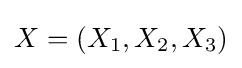
X=(X_{1},X_{2},X_{3})